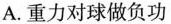
A.重力对球做负功